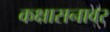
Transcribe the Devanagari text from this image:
कक्षासनावर